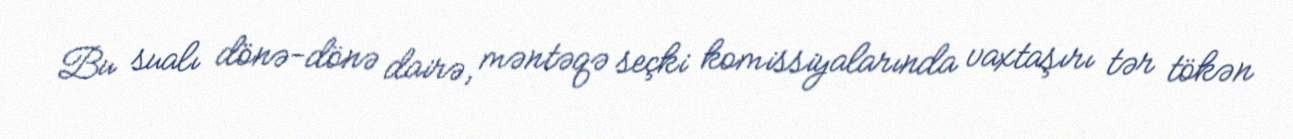
Bu sualı dönə-dönə dairə, məntəqə seçki komissiyalarında vaxtaşırı tər tökən